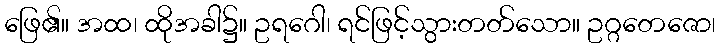
ဖြေ၏။ အထ၊ ထိုအခါ၌။ ဥရဂေါ၊ ရင်ဖြင့်သွားတတ်သော။ ဥဂ္ဂတေဇော၊